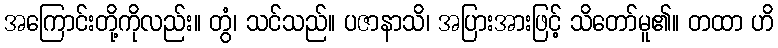
အကြောင်းတို့ကိုလည်း။ တွံ၊ သင်သည်။ ပဇာနာသိ၊ အပြားအားဖြင့် သိတော်မူ၏။ တထာ ဟိ